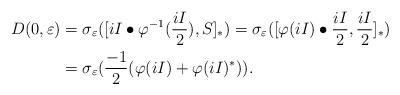
LaTeX: \begin{align*}D(0, \varepsilon)&= \sigma_{\varepsilon}([iI\bullet \varphi^{-1}(\frac{iI}{2}),S]_{\ast})=\sigma_{\varepsilon}([\varphi(iI)\bullet \frac{iI}{2},\frac{iI}{2}]_{\ast})\\&=\sigma_{\varepsilon}(\frac{-1}{2}(\varphi(iI)+\varphi(iI)^{\ast})).\end{align*}